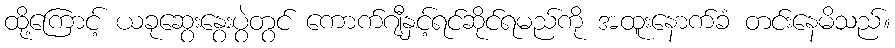
ထို့ကြောင့် ယခုဆွေးနွေးပွဲတွင် ကောက်ဂျီနှင့်ရင်ဆိုင်ရမည်ကို အထူးနောက်ခံ တင်းနေမိသည်။